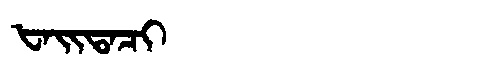
Manchu: ᡶᠠᡳᡨᠠᠴᡳ
Romanization: FAITACI